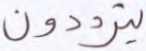
يترددون